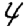
Digit: 4